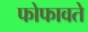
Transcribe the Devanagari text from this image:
फोफावते